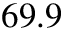
6 9 . 9